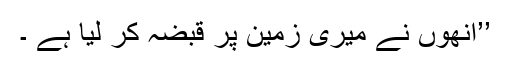
’’انھوں نے میری زمین پر قبضہ کر لیا ہے ۔